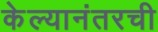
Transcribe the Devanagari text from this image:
केल्यानंतरची